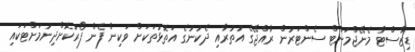
ޑިޒާސްޓާ މެނޭޖްމަންޓް ސެންޓަރުން ރާއްޖޭގެ އުތުރާއި ދެކުނުގެ އަތޮޅުތަކަށް ވަކިން ފެން ފޯރުކޮށްދިނުމަށްޓަކައި